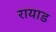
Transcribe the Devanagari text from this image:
रायाड